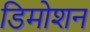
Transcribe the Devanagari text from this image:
डिमोशन